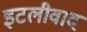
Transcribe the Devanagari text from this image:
इटलीवाद